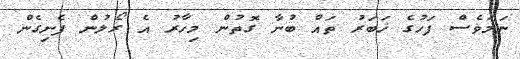
ނަމަވެސް ފަހުގެ ޚަބަރު ތައް ބުނާ ގޮތުން މިހާރު އެ ރޯލުން ފެނިގެން